Vaccination in Bombay 1902-1912 - 1902-1912
Year: 1902
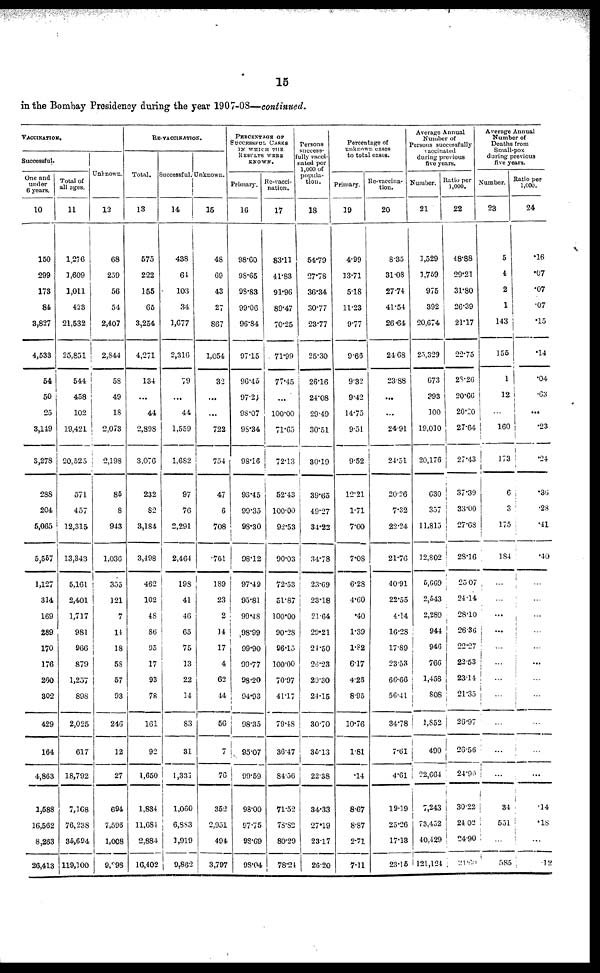
15
in the Bombay Presidency during the year 1907-08—continued.
VACCINATION.
Successful.
One and
under 6 years.
10
150
299
173
84
3,827
4,533
54
50
25
3,149
3,278
288
204
5,065
5,557
1,127
314
169
289
170
176
260
302
429
164
4,863
1,588
16,562
8,263
26,413
Total of
all ages.
11
1,276
1,609
1,011
423
21,532
25,851
544
458
102
19,421
20,525
571
457
12,315
13,343
5,161
2,401
1,717
981
966
879
1,257
898
2,025
617
18,792
7,168
76,238
35,694
119,100
Unknown.
12
68
259
56
54
2,407
2,844
58
49
18
2,073
2,198
85
8
943
1,036
355
121
7
11
18
58
57
93
246
12
27
694
7,596
1,008
9,298
RE-VACCINATION.
Total.
13
575
222
155
65
3,254
4,271
134
...
44
2,898
3,076
232
82
3,184
3,498
462
102
48
86
95
17
93
78
161
92
1,650
1,834
11,684
2,884
16,402
Successful.
14
438
64
103
34
1,677
2,316
79
...
44
1,559
1,682
97
76
2,291
2,464
198
41
46
65
75
13
22
14
83
31
1,331
1,060
6,883
1,919
9,862
Unknown.
15
48
69
43
27
867
1,054
32
...
...
722
754
47
6
708
.761
189
23
2
14
17
4
62
44
56
7
76
352
2,951
494
3,797
PERCENTAGE OF
SUCCESSFUL CASES
IN WHICH THE
RESULTS WERE
KNOWN.
Primary.
16
98.60
98.65
98.83
99.06
96.84
97.15
96.45
97.24
98.07
98.34
98.16
93.45
99.35
98.30
98.12
97.49
95.81
99.48
98.99
99.90
99.77
98.20
94.93
98.35
95.07
99.59
98.00
97.75
98.69
98.04
Re-vacci-
nation.
17
83.11
41.83
91.96
89.47
70.25
71.99
77.45
...
100.00
71.65
72.13
52.43
100.00
92.53
90.03
72.53
51.87
100.00
90.28
96.15
100.00
70.97
41.17
79.48
36.47
84.56
71.52
78.82
80.29
78.24
Persons
success¬
fully vacci¬
nted per
1,000 of
popula-
tion.
18
54.79
27.78
36.34
30.77
23.77
25.30
26.16
24.08
29.49
30.51
30.19
39.65
49.27
34.23
34.78
23.69
23.18
21.64
29.21
24.50
26.23
20.30
24.15
30.70
35.13
22.38
34.33
27.19
23.17
26.20
Percentage of
unknown cases
to total cases.
Primary.
19
4.99
13.71
5.18
11.23
9.77
9.66
9.32
9.42
14.75
9.51
9.52
12.21
1.71
7.00
7.08
6.28
4.60
.40
1.39
1.82
6.17
4.25
8.95
10.76
1.81
.14
8.67
8.87
2.71
7.11
Re-vaccina-
tion.
20
8.35
31.08
27.74
41.54
26.64
24.68
23.88
...
...
24.91
24.51
20.26
7.32
22.24
21.76
40.91
22.55
4.14
16.28
17.89
23.53
66.66
56.41
34.78
7.61
4.61
19.19
25.26
17.13
23.15
Average Annual
Number of
Persons successfully
vaccinated
during previous
five years.
Number.
21
1,529
1,759
975
392
20,674
25,329
673
393
100
19,010
20,176
630
357
11,815
12,802
5,669
2,543
2,289
944
946
766
1,458
808
1,852
490
22,664
7,243
73,452
40,429
121,124
Ratio per
1,000.
22
48.88
29.21
31.80
26.39
21.17
22.75
28.26
20.66
20.20
27.64
27.43
37.39
33.00
27.68
28.16
25.07
24.14
28.10
26.36
22.27
22.53
23.14
21.35
26.97
26.56
24.90
30.22
24.02
24.90
21.60
Average Annual
Number of
Deaths from
Small-pox
during previous
five years.
Number.
23
5
4
2
1
143
155
1
12
...
160
173
6
3
175
184
...
...
...
...
...
...
...
...
...
...
...
34
551
...
585
Ratio per
1,000.
24
.16
.07
.07
.07
. 15
.14
.04
.63
...
.23
.24
.36
.28
.41
.40
...
...
...
...
...
...
...
...
...
...
...
.14
.18
...
.12